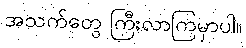
အသက်တွေ ကြီးလာကြမှာပါ။